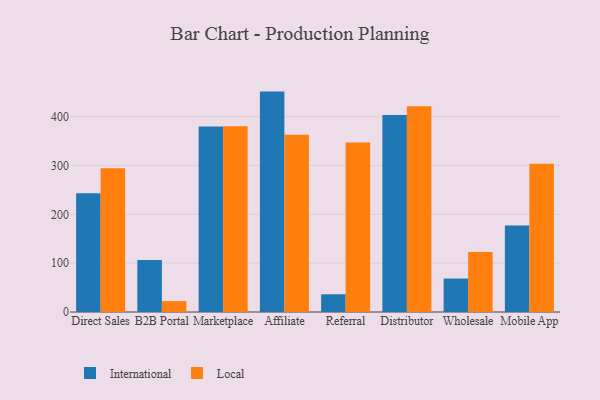
{"axis": {"x": "Channel", "y": "LTV (USD)"}, "legend": ["International", "Local"], "data": [{"x": "Direct Sales", "y": 243.2, "type": "International"}, {"x": "Direct Sales", "y": 294.4, "type": "Local"}, {"x": "B2B Portal", "y": 106.4, "type": "International"}, {"x": "B2B Portal", "y": 22.3, "type": "Local"}, {"x": "Marketplace", "y": 379.8, "type": "International"}, {"x": "Marketplace", "y": 380.1, "type": "Local"}, {"x": "Affiliate", "y": 451.3, "type": "International"}, {"x": "Affiliate", "y": 363.1, "type": "Local"}, {"x": "Referral", "y": 36.3, "type": "International"}, {"x": "Referral", "y": 347.0, "type": "Local"}, {"x": "Distributor", "y": 403.5, "type": "International"}, {"x": "Distributor", "y": 421.4, "type": "Local"}, {"x": "Wholesale", "y": 68.5, "type": "International"}, {"x": "Wholesale", "y": 122.8, "type": "Local"}, {"x": "Mobile App", "y": 177.2, "type": "International"}, {"x": "Mobile App", "y": 303.4, "type": "Local"}]}